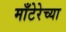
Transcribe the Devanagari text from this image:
माँटेरेच्या